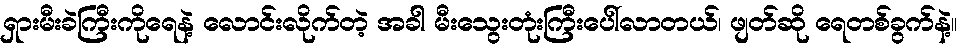
ရှားမီးခဲကြီးကိုရေနဲ့ လောင်းလိုက်တဲ့ အခါ မီးသွေးတုံးကြီးပေါ်လာတယ်၊ ဖျတ်ဆို ရေတစ်ခွက်နဲ့။